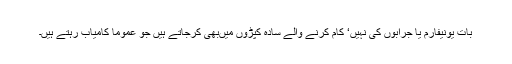
بات یونیفارم یا جرابوں کی نہیں‘ کام کرنے والے سادہ کپڑوں میںبھی کرجاتے ہیں جو عموماً کامیاب رہتے ہیں۔